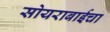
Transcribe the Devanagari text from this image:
सोयराबाईचा